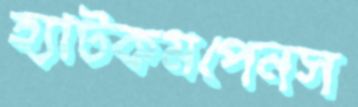
হ্যাটকমপেনস